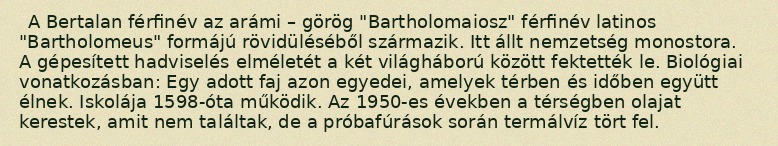
A Bertalan férfinév az arámi – görög "Bartholomaiosz" férfinév latinos "Bartholomeus" formájú rövidüléséből származik. Itt állt nemzetség monostora. A gépesített hadviselés elméletét a két világháború között fektették le. Biológiai vonatkozásban: Egy adott faj azon egyedei, amelyek térben és időben együtt élnek. Iskolája 1598-óta működik. Az 1950-es években a térségben olajat kerestek, amit nem találtak, de a próbafúrások során termálvíz tört fel.